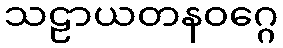
သဠာယတနဝဂ္ဂေ